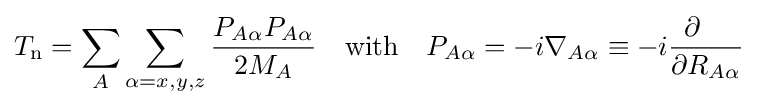
T_{\mathrm {n} }=\sum _{A}\sum _{\alpha =x,y,z}{\frac {P_{A\alpha }P_{A\alpha }}{2M_{A}}}\quad \mathrm {with} \quad P_{A\alpha }=-i\nabla _{A\alpha }\equiv -i{\frac {\partial \quad }{\partial R_{A\alpha }}}